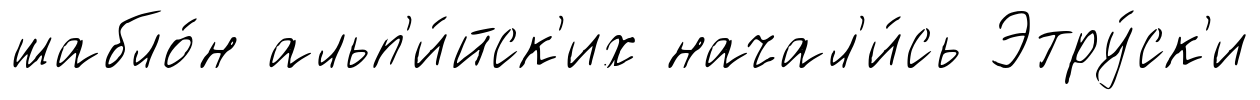
шабло́н альп'и́йск'их начал'и́сь Этру́ск'и